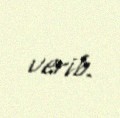
verib.